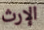
الإرث